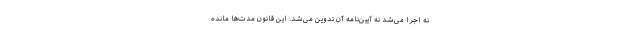
نه اجرا می‌شد نه آیین‌نامه آن تدوین می‌شد. این قانون مدت‌ها مانده